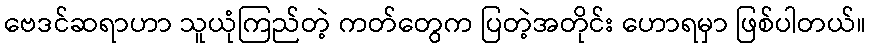
ဗေဒင်ဆရာဟာ သူယုံကြည်တဲ့ ကတ်တွေက ပြတဲ့အတိုင်း ဟောရမှာ ဖြစ်ပါတယ်။